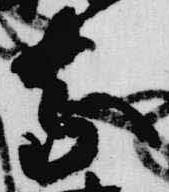
慶